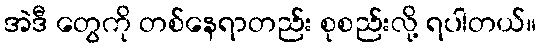
အဲဒီ တွေကို တစ်နေရာတည်း စုစည်းလို့ ရပါတယ်။